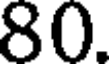
80.